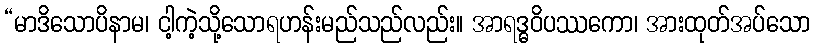
“မာဒိသောပိနာမ၊ ငါ့ကဲ့သို့သောရဟန်းမည်သည်လည်း။ အာရဒ္ဓဝိပဿကော၊ အားထုတ်အပ်သော